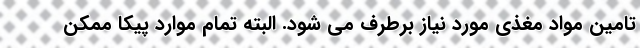
تامین مواد مغذی مورد نیاز برطرف می شود. البته تمام موارد پیکا ممکن